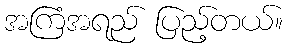
အကြံအရည် ပြည့်တယ်။